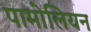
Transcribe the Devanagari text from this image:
पामोलियन